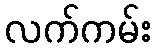
လက်ကမ်း